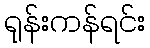
ရုန်းကန်ရင်း